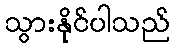
သွားနိုင်ပါသည်